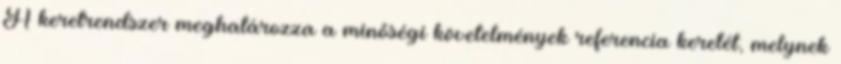
A keretrendszer meghatározza a minőségi követelmények referencia keretét, melynek